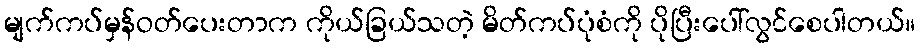
မျက်ကပ်မှန်ဝတ်ပေးတာက ကိုယ်ခြယ်သတဲ့ မိတ်ကပ်ပုံစံကို ပိုပြီးပေါ်လွင်စေပါတယ်။